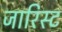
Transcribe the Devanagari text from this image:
जारिस्ट